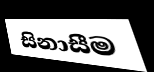
සිනාසීම